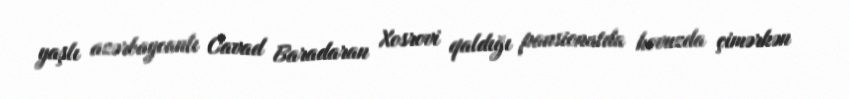
yaşlı azərbaycanlı Cavad Baradaran Xosrovi qaldığı pansionatda hovuzda çimərkən